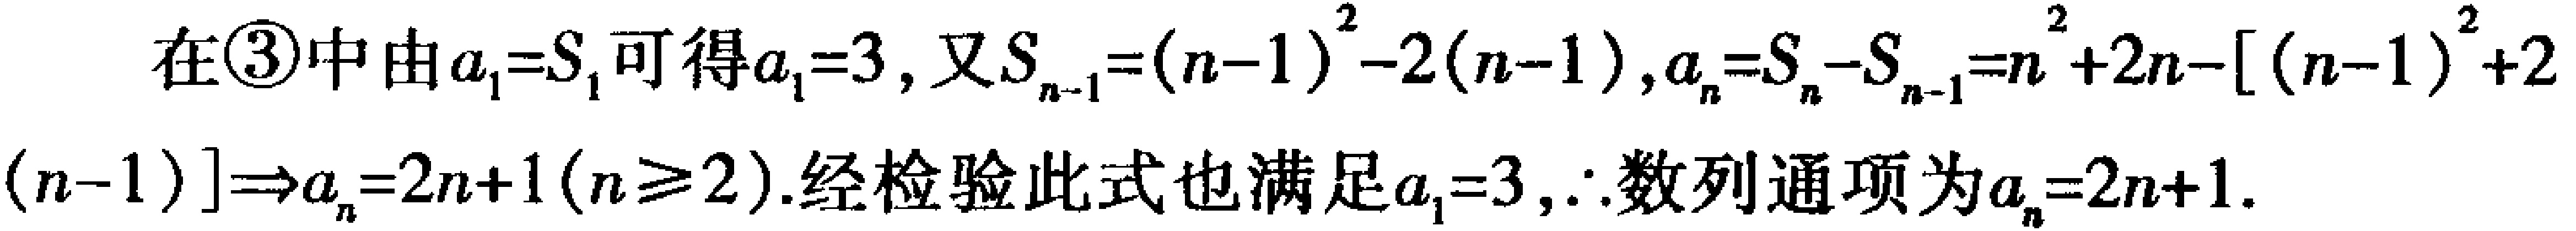
在\textcircled{3}中由\(a_{1}=S_{1}\)可得\(a_{1}=3\)，又\(S_{n - 1}=(n - 1)^{2}-2(n - 1)\)，\(a_{n}=S_{n}-S_{n - 1}=n^{2}+2n-[(n - 1)^{2}+2(n - 1)]\Rightarrow a_{n}=2n + 1(n\geq2)\).经检验此式也满足\(a_{1}=3\)，\(\therefore\)数列通项为\(a_{n}=2n + 1\).